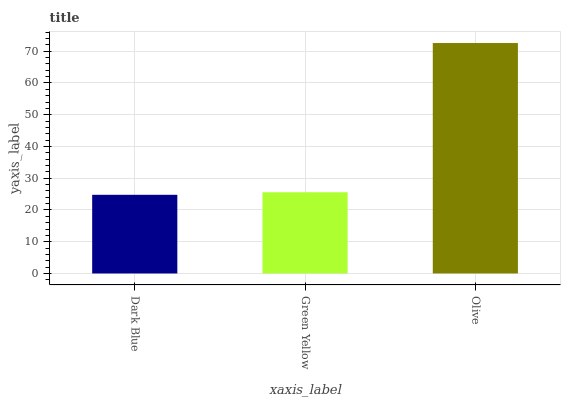
| xaxis_label | bars |
 | --- | --- |
 | Dark Blue | 24.8 |
 | Green Yellow | 25.6 |
 | Olive | 72.6 |